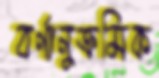
বর্ণানুক্রমিক